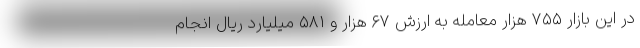
در این بازار ۷۵۵ هزار معامله به ارزش ۶۷ هزار و ۵۸۱ میلیارد ریال انجام